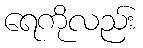
ရေကိုလည်း